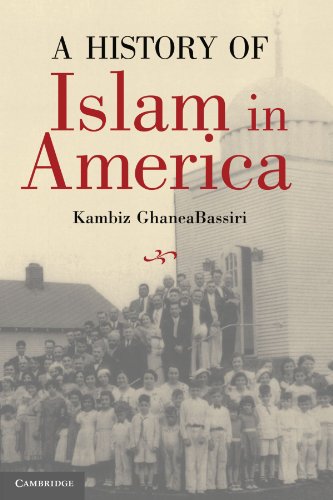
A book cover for A History of Islam in America: From the New World to the New World Order; Kambiz GhaneaBassiri; Religion & Spirituality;